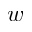
w